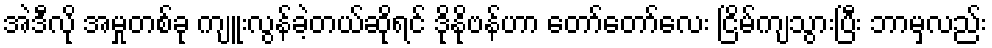
အဲဒီလို အမှုတစ်ခု ကျူးလွန်ခဲ့တယ်ဆိုရင် ဒိုနိုဗန်ဟာ တော်တော်လေး ငြိမ်ကျသွားပြီး ဘာမှလည်း